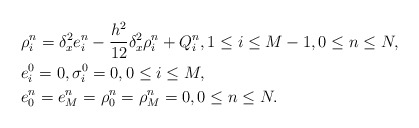
\begin{align*} &\rho_i^n=\delta_x^2 e_i^n-\frac{h^2}{12}\delta_x^2 \rho_i^n+Q_i^n,1\leq i \leq M-1,0\leq n\leq N,\\ &e_i^0=0,\sigma_i^0=0, 0\leq i \leq M,\\ &e_0^n=e_M^n=\rho_0^n=\rho_M^n=0,0\leq n\leq N. \end{align*}